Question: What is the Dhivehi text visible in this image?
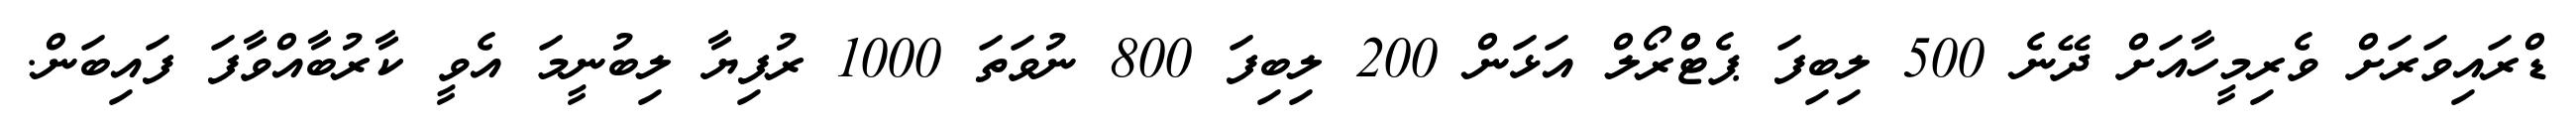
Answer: ޑްރައިވަރަށް ވެރިމީހާއަށް ދޭނެ 500 ލިބިފަ ޕެޓްްރޯލް އަޅަން 200 ލިބިފަ 800 ނުވަތަ 1000 ރުފިޔާ ލިބުނީމަ އެވީ ކާރުބާއްވާފަ ފައިބަން.